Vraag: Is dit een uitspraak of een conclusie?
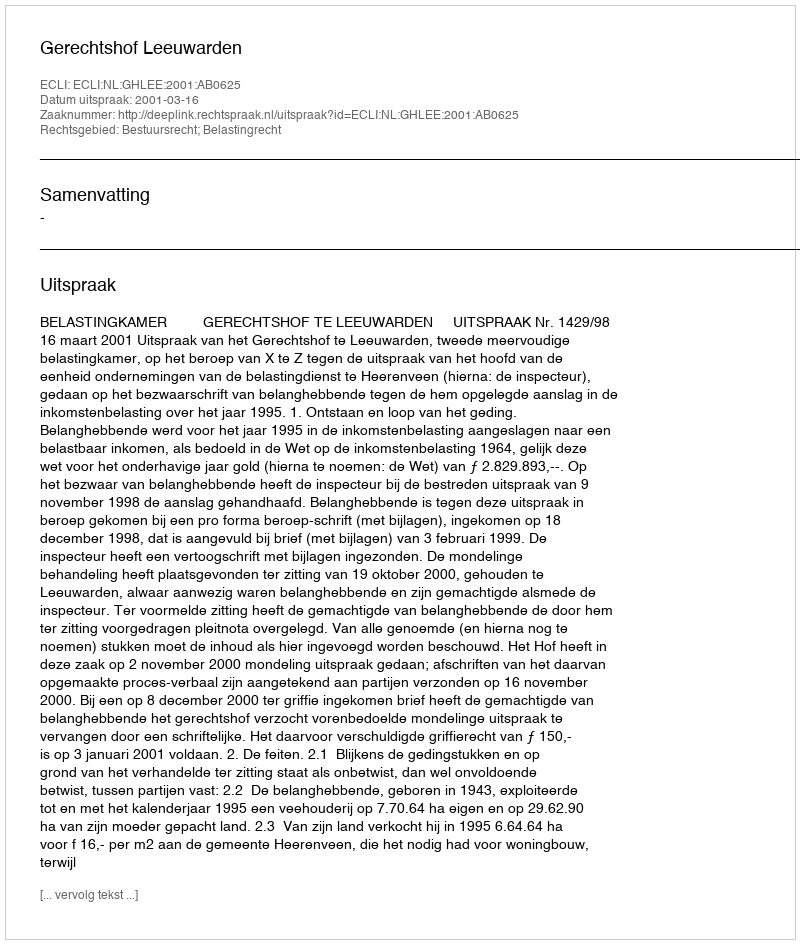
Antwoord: Uitspraak